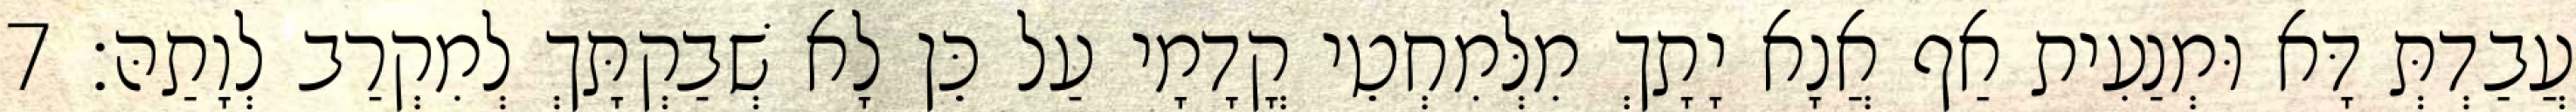
עֲבַדְתְּ דָּא וּמְנַעִית אַף אֲנָא יָתָךְ מִלְּמִחְטֵי קֳדָמָי עַל כֵּן לָא שְׁבַקְתָּךְ לְמִקְרַב לְוָתַהּ׃ 7